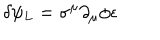
\delta \psi _ { L } = \sigma ^ { \mu } \partial _ { \mu } \phi \epsilon